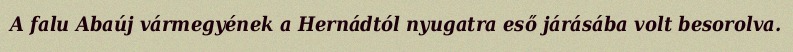
A falu Abaúj vármegyének a Hernádtól nyugatra eső járásába volt besorolva.